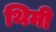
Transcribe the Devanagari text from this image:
थिमी